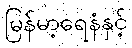
မြန်မာ့ရေနံနှင့်